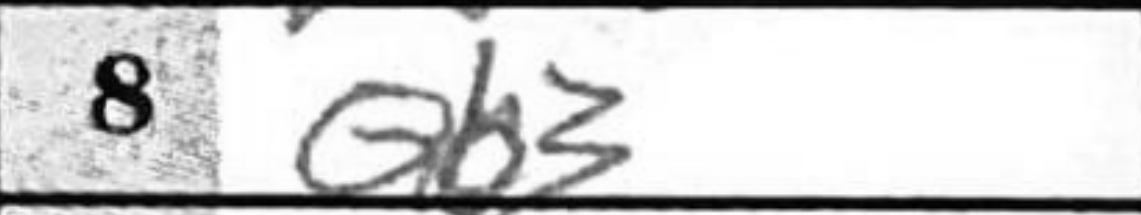
Transcription: Qb3